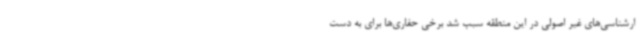
ارشناسی‌های غیر اصولی در این منطقه سبب شد برخی حفاری‌ها برای به دست